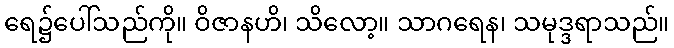
ရေ၌ပေါ်သည်ကို။ ဝိဇာနဟိ၊ သိလော့။ သာဂရေန၊ သမုဒ္ဒရာသည်။